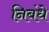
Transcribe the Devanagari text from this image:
निबंधे